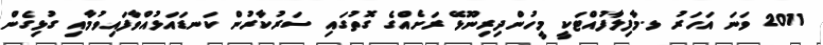
2011 ވަނަ އަހަރު ޅ.މާފިލާފުއްޓަކީ މީހުންދިރިނޫޅޭ ރަށެއްގެ ގޮތުގައި ސަރުކާރުން ކަނޑައަޅުއްވާފައިވުމާއި ގުޅިގެން